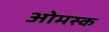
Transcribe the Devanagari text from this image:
ओमस्क